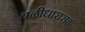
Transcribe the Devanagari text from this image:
बळीधारासह